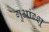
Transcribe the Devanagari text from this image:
गुआंग्शू